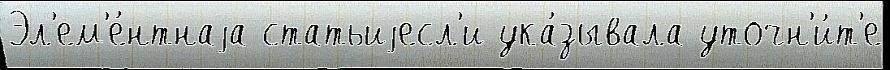
Эл'ем'е́нтнаjа статьиjесл'и ука́зывала уточн'и́т'е